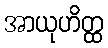
အာယုဟိတ္ထ